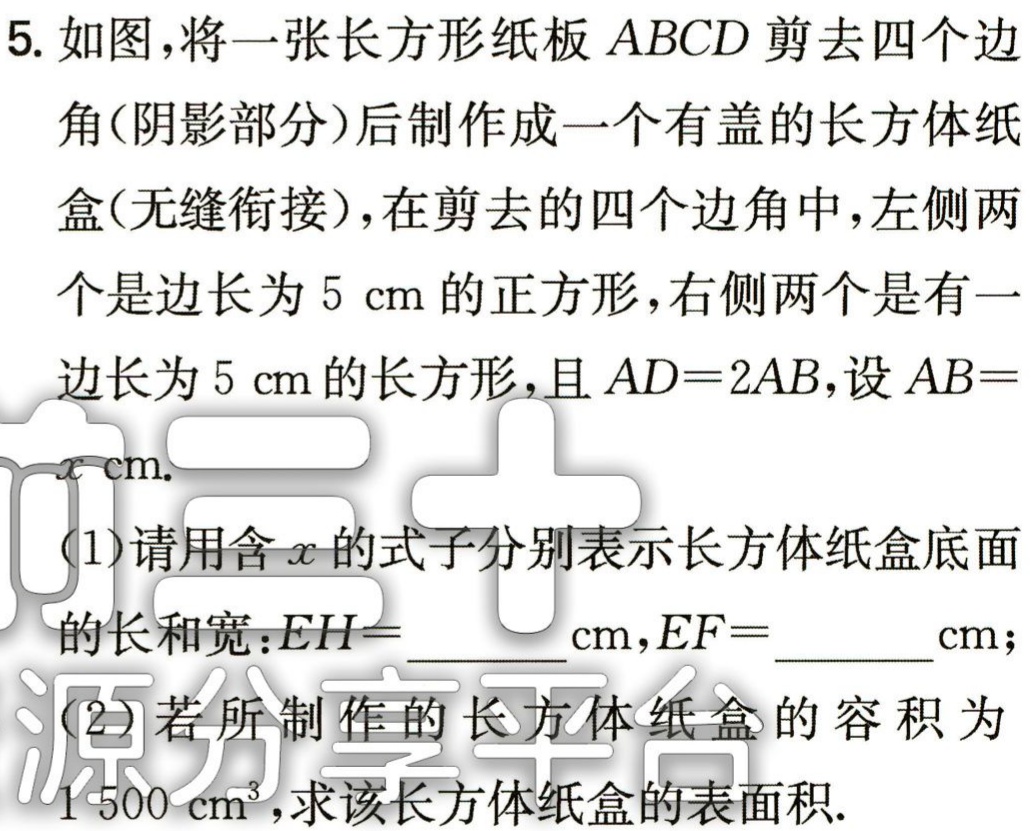
5. 如图，将一张长方形纸板 \(ABCD\) 剪去四个边角（阴影部分）后制作成一个有盖的长方体纸盒（无缝衔接），在剪去的四个边角中，左侧两个是边长为 \(5\mathrm{cm}\) 的正方形，右侧两个是有一边长为 \(5\mathrm{cm}\) 的长方形，且 \(AD = 2AB\)，设 \(AB=x\mathrm{cm}\).
(1) 请用含 \(x\) 的式子分别表示长方体纸盒底面的长和宽：\(EH=\underline{\quad\quad}\mathrm{cm}\)，\(EF=\underline{\quad\quad}\mathrm{cm}\)；
(2) 若所制作的长方体纸盒的容积为 \(1500\mathrm{cm}^3\)，求该长方体纸盒的表面积.